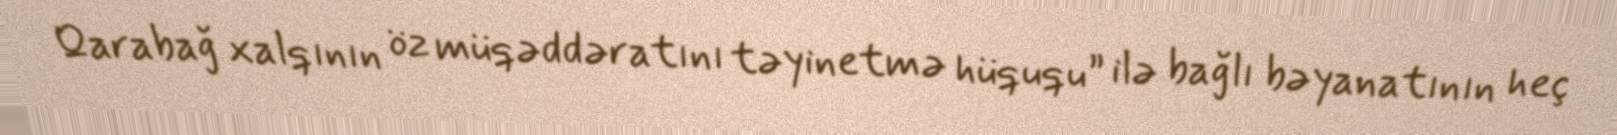
Qarabağ xalqının öz müqəddəratını təyinetmə hüququ” ilə bağlı bəyanatının heç